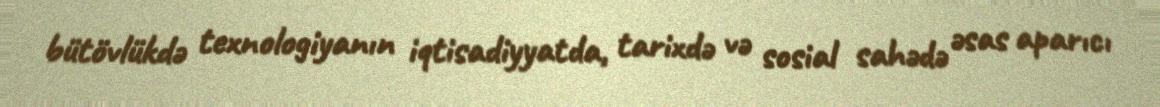
bütövlükdə texnologiyanın iqtisadiyyatda, tarixdə və sosial sahədə əsas aparıcı